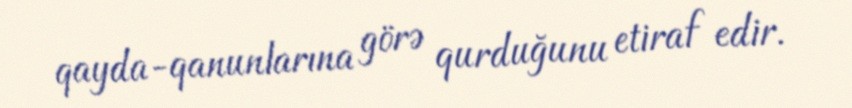
qayda-qanunlarına görə qurduğunu etiraf edir.